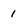
Character: 1